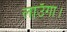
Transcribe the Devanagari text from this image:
लाउँगा।